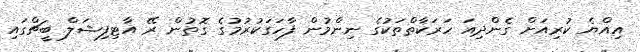
އިއްޔެ ކުރިއަށް ގެންދިއަ ހަރަކާތްތަކުގެ ނިންމުން ފާހަގަކުރުމުގެ ގޮތުން ރޭ އާޓިފިޝަލް ބީޗްގައި